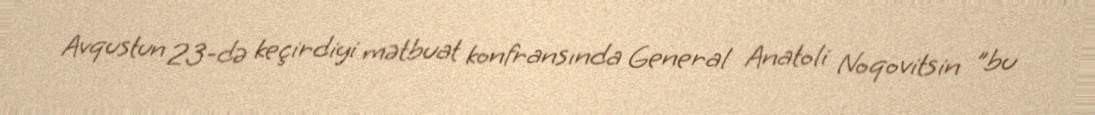
Avqustun 23-də keçirdiyi mətbuat konfransında General Anatoli Noqovitsin "bu